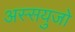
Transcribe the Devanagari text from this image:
अस्सयुजो